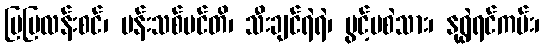
မြမြလန်းစင်၊ ပန်းသစ်ပင်တိ၊ သီးချင်ရဲရဲ၊ ပွင့်မစဲသား၊ နုရွဲရင်ကမ်း၊